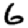
Digit: 6